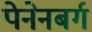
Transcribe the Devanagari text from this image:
पेनेनबर्ग